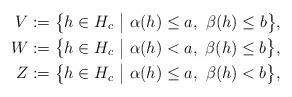
LaTeX: \begin{align*}V & :=\big\{ h\in H_c\ \big|\ \alpha(h)\leq a,\ \beta(h)\leq b \big\},\\W & :=\big\{ h\in H_c\ \big|\ \alpha(h)< a,\ \beta(h)\leq b \big\},\\Z & :=\big\{ h\in H_c\ \big|\ \alpha(h)\leq a,\ \beta(h)< b \big\},\end{align*}